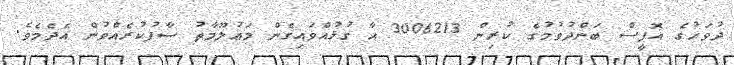
ދުވަހުގެ އޮފީސް ބަންދުވުމުގެ ކުރިން 3006213 އާ ގުޅުއްވައިގެން މަޢުލޫމާތު ސާފުކުރެއްވުން އެދެމެވެ.